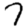
Digit: 7